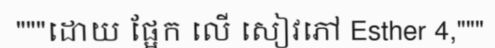
"""ដោយ ផ្អែក លើ សៀវភៅ Esther 4,"""